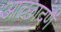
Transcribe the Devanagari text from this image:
आच्छादणें